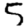
Digit: 5